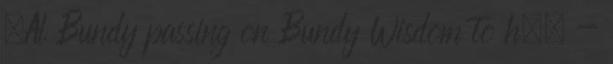
,Al Bundy passing on Bundy Wisdom to h., -